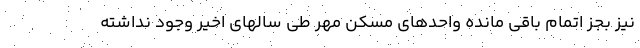
نیز بجز اتمام باقی مانده واحدهای مسکن مهر طی سالهای اخیر وجود نداشته